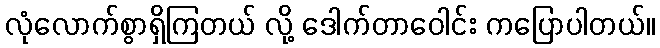
လုံလောက်စွာရှိကြတယ် လို့ ဒေါက်တာဝေါင်း ကပြောပါတယ်။